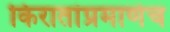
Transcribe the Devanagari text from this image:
किरातांप्रमाणेच